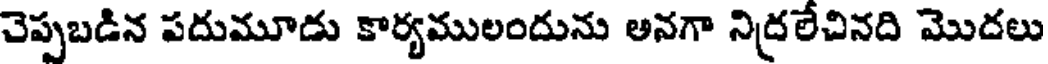
చెప్పబడిన పదుమూడు కార్యములందును అనగా నిద్రలేచినది మొదలు